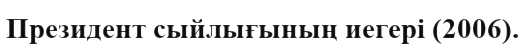
Президент сыйлығының иегері (2006).